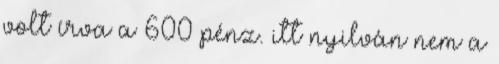
volt írva a 600 pénz. itt nyilván nem a